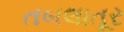
તબલાતૂર